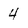
Character: 4